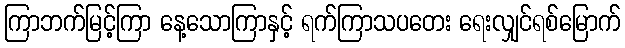
ကြာဘက်မြင့်ကြာ နေ့သောကြာနှင့် ရက်ကြာသပတေး ရေးလျှင်ရစ်မြောက်